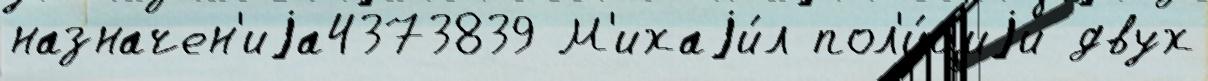
назначен'иjа4373839 М'ихаjи́л пол'и́циjи двух